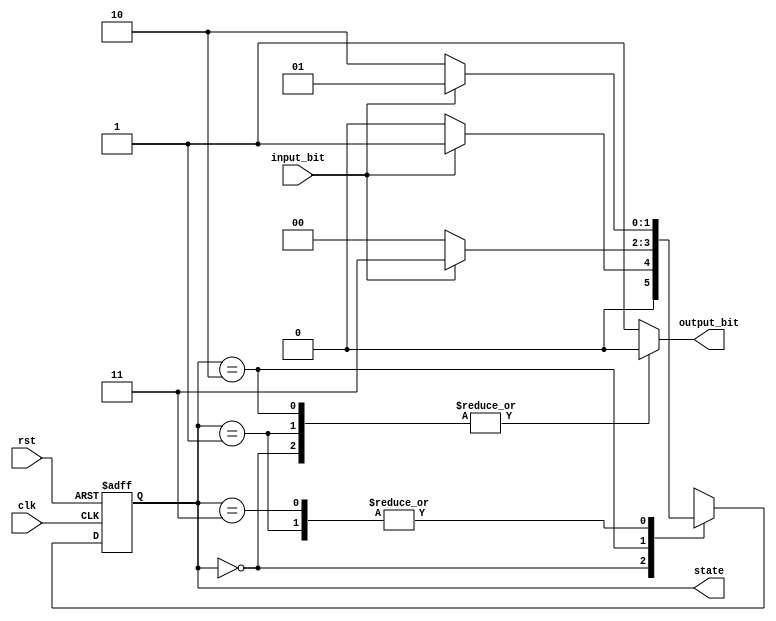
// Moore FSM to detect sequence 101 using 3 always code blocks
module moore3always (clk, input_bit, rst, state, output_bit);
   	// I/O port list
	input wire clk, input_bit, rst;
	output reg output_bit;
	output wire[1:0] state; 

	// Internal regs
        reg[1:0] current_state, next_state;
        
	// State definition by user
        localparam S0 = 2'd0, S1 = 2'd1, S2 = 2'd2, S3 = 2'd3;

	// Output State definition
	assign state = current_state;

	// Block 3 - Output combinational circuit
        always @ (current_state)
        begin
					 
                case (current_state)
                        S0,S1,S2: output_bit = 1'b0;
                        default: output_bit = 1'b1;
                endcase
        end
	// Block 2 - Sequential circuit
        always @ (posedge clk, posedge rst)
                if (rst) current_state <= S0;
                else current_state <= next_state;   
	// Block 1 - Input sequential circuit
        always @ (*)
                case (current_state)
                        S0: if (input_bit)
                                        next_state <= S1;
                                 else
                                        next_state <= S0;
                        S1: if (input_bit)
                                        next_state <= S1;
                                else
                                        next_state <= S2;
                        S2: if (input_bit)
                                        next_state <= S3;
                                else
                                        next_state <= S0;
                        S3: if (input_bit)
                                        next_state <= S1;
                                else
                                        next_state <= S2;
                endcase                         
endmodule